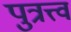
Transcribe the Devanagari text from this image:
पुत्रत्त्वं